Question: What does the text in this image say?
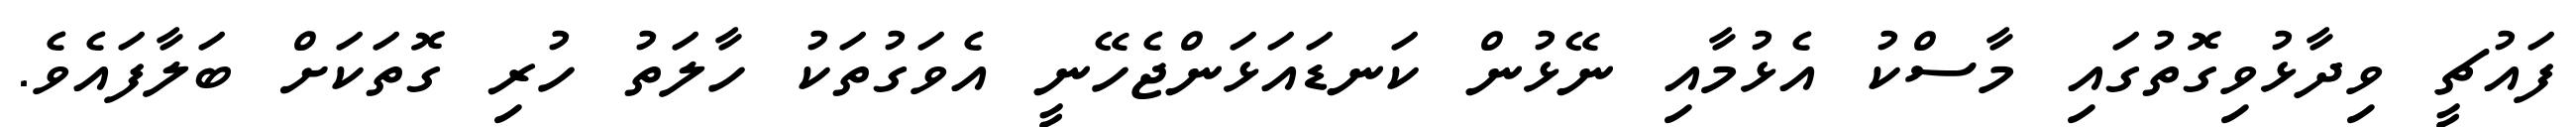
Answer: ފައުޗީ ވިދާޅުވިގޮތުގައި މާސްކު އެޅުމާއި ނޭޅުން ކަނޑައަޅަންޖެހޭނީ އެވަގުތަކު ހާލަތު ހުރި ގޮތަކަށް ބަލާފައެވެ.